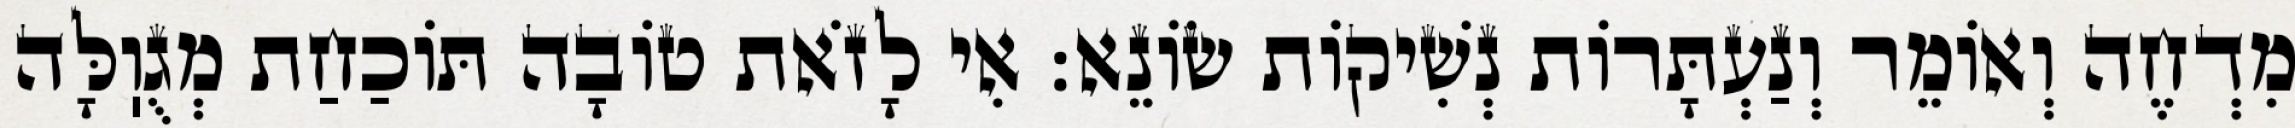
מִדְחֶה וְאוֹמֵר וְנַעְתָּרוֹת נְשִׁיקוֹת שׂוֹנֵא: אִי לָזֹאת טוֹבָה תּוֹכַחַת מְגֻוֽלָּה